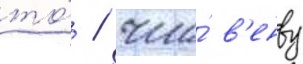
то́ / что́ в'енву